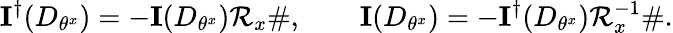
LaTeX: \mathbf{I}^{\dagger}(D_{\theta^{x}})=-\mathbf{I}(D_{\theta^{x}})\mathcal{R}_{x}\# ,\qquad\mathbf{I}(D_{\theta^{x}})=-\mathbf{I}^{\dagger}(D_{\theta^{x}})\mathcal{R}_{x}^{-1}\# .